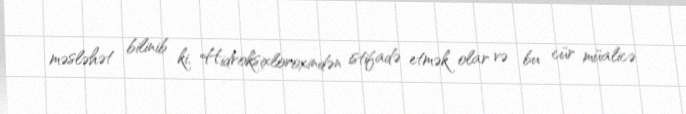
məsləhət bilinib ki, Hidroksixloroxindən istifadə etmək olar və bu cür müalicə